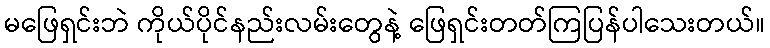
မဖြေရှင်းဘဲ ကိုယ်ပိုင်နည်းလမ်းတွေနဲ့ ဖြေရှင်းတတ်ကြပြန်ပါသေးတယ်။